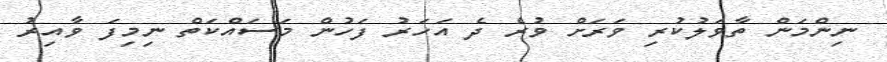
ނިންމަން ތާވަލުކުރި ވަރަށް ވުރެ ދެ އަހަރު ފަހުން މަސައްކަތް ނިމިފަ ވާއިރު